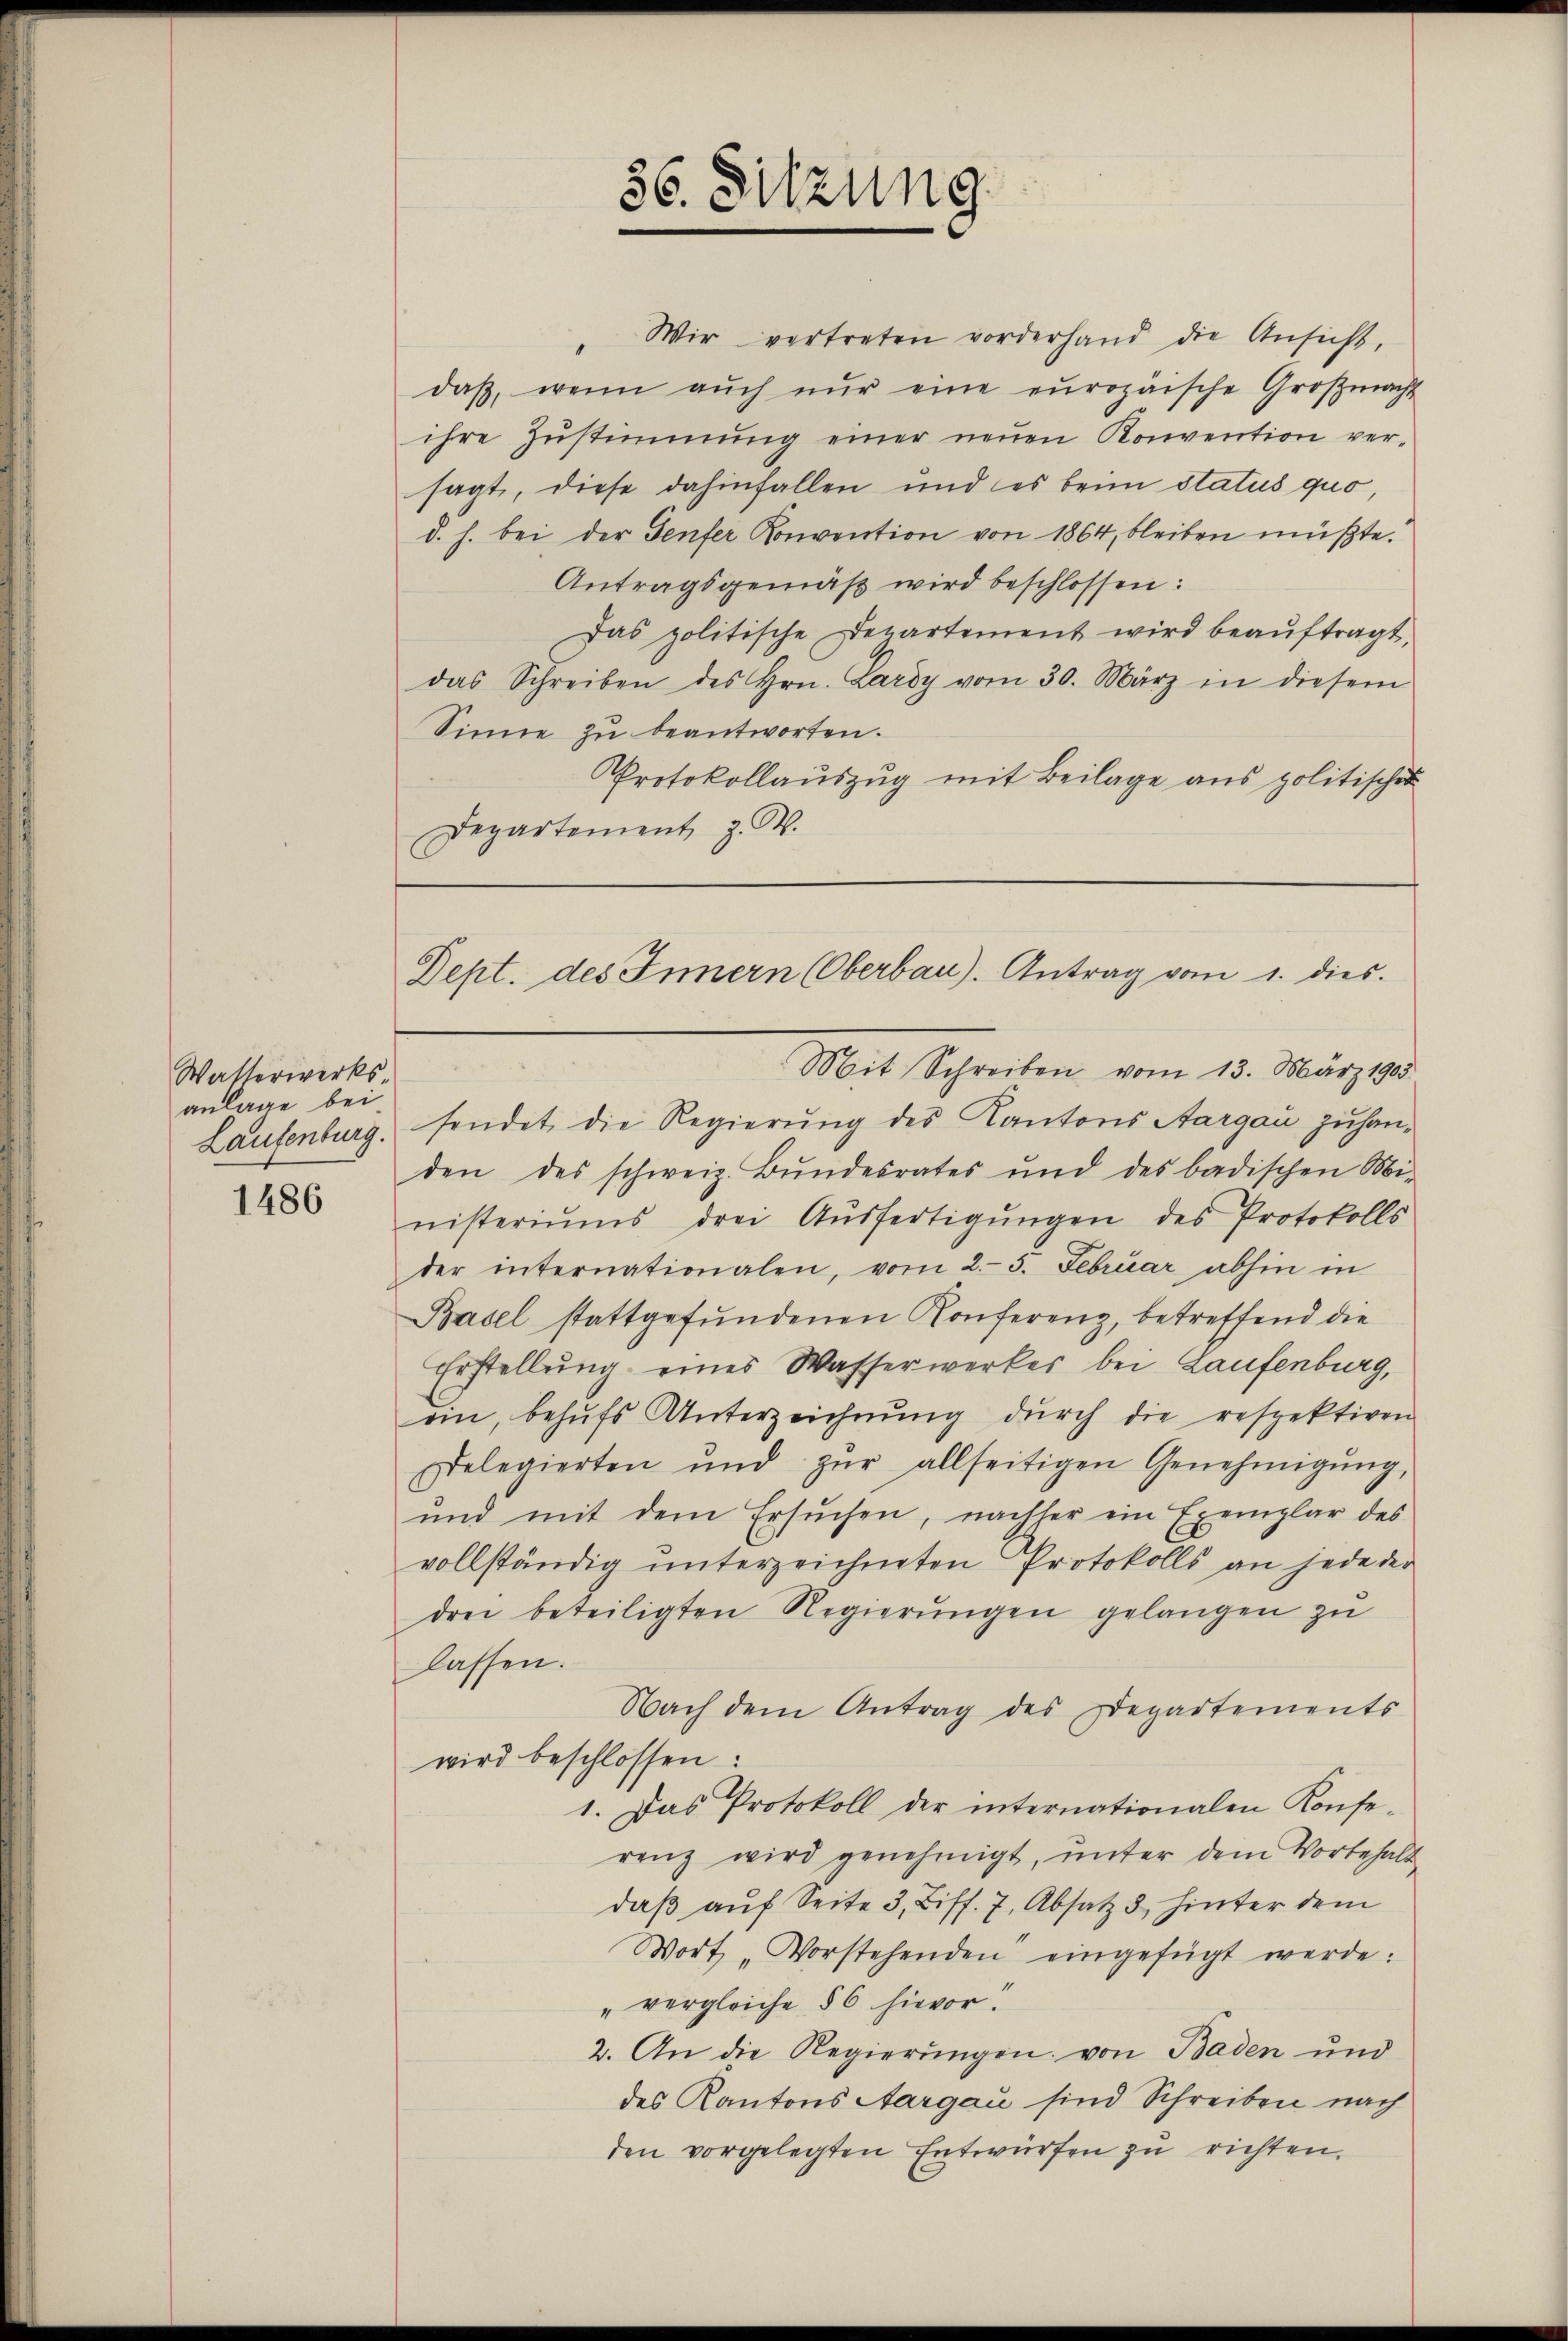
Wasserwerks
anlage bei
Laufenburg.

1486

36. Sitzung

Wir vertreten vorderhand die Ansicht,
“
daβ, wenn aŭch nŭr eine europäische Groβmacht
ihre Zŭstimmung einer neŭen Konvention ver-
sagt, diese dahinfallen und es beim status quo,
d. h. bei der Genfer Konvention von 1864, bleiben müßte.
Antragsgemäß wird beschlossen:
Das politische Departement wird beaŭftragt,
das Schreiben des Hrn. Lardy vom 30. März in diesem
Sinne zu beantworten.
Protokollauszug mit Beilage aus politischer
Departement z. B.

Dept. des Innern (Oberbau). Antrag vom 1. dies
Mit Schreiben vom 13. März 1905

sendet die Regierung des Kantons Aargau zuhanden des schweiz. Bŭndesrates und des badischen Mi-
nisteriŭms drei Aŭsfertigŭngen des Protokolls
der internationalen, vom 2. 5. Februar abhin in
Basel stattgefŭndenen Konferenz, betreffend die
Erstellung eines Wasserwerkes bei Laufenburg,
ein, behŭfs Unterzeichnŭng dŭrch die respektiven
gelegierten und zŭr allseitigen Genehmigŭng,
und mit dem Ersuchen, nachher ein Exemplar des
vollständig unterzeichneten Protokolls an jede der
drei beteiligten Regierŭngen gelangen zu
lassen.
Nach dem Antrag des Departements
wird beschlossen:
1. Das Protokoll der internationalen Konse-
renz wird genehmigt, unter dem Vorbehalt
daβ aŭf Seite 3, Biff. 7, Absatz 3 hinter dem
Wort „Vorstehenden eingefügt werde.
"vergleiche § 6 hievor.
2. An die Regierungen von Baden und
des Kantons Aargau sind Schreiben nach
den vorgelegten Entwürfen zu richten.